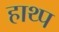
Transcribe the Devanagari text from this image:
हाथ्प